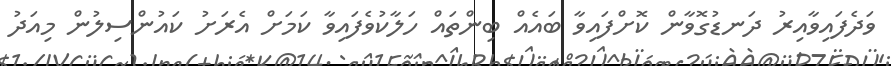
ވަދެފައިވާއިރު ދަނޑުގޮވާން ކޮށްފައިވާ ބައެއް ބިންތައް ހަލާކުވެފައިވާ ކަމަށް އެރަށު ކައުންސިލުން މިއަދު